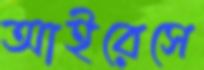
আইরেসে